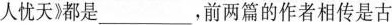
人忧天》都是___，前两篇的作者相传是古